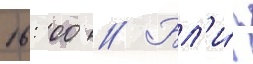
16: 00 // Бл'и́з